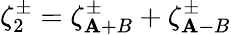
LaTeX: \zeta_{2}^{\pm}=\zeta_{\mathbf{A}+B}^{\pm}+\zeta_{\mathbf{A}-B}^{\pm}